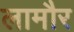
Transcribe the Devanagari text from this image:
लामौर